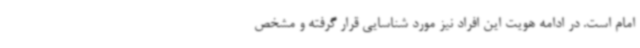
امام است. در ادامه هویت این افراد نیز مورد شناسایی قرار گرفته و مشخص